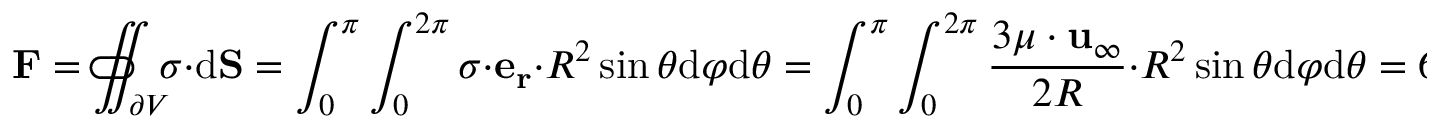
\mathbf { F } = \iint _ { \partial V } \! \! \! \! \! \! \! \! \! \! \! \! \! \! \subset \! \supset \; { \boldsymbol { \sigma } } \cdot { \mathrm { d } } \mathbf { S } = \int _ { 0 } ^ { \pi } \int _ { 0 } ^ { 2 \pi } { \boldsymbol { \sigma } } \cdot \mathbf { e _ { r } } \cdot R ^ { 2 } \sin \theta { \mathrm { d } } \varphi { \mathrm { d } } \theta = \int _ { 0 } ^ { \pi } \int _ { 0 } ^ { 2 \pi } { \frac { 3 \mu \cdot \mathbf { u } _ { \infty } } { 2 R } } \cdot R ^ { 2 } \sin \theta { \mathrm { d } } \varphi { \mathrm { d } } \theta = 6 \pi \mu R \cdot \mathbf { u } _ { \infty }